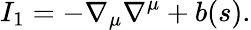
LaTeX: I_{1}=-\nabla_{\mu}\nabla^{\mu}+b(s).